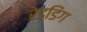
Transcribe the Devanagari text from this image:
रेड्डिंग